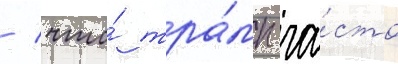
/ что́ тра́мп ча́сто